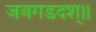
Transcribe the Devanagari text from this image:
जबगडदश्॥